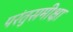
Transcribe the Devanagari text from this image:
परंतुसमीक्षा